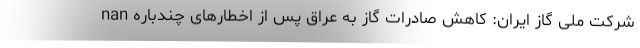
nan شرکت ملی گاز ایران: کاهش صادرات گاز به عراق پس از اخطارهای چندباره